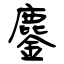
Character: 鏖